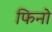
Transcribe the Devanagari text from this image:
फिनो